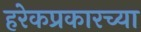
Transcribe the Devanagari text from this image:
हरेकप्रकारच्या